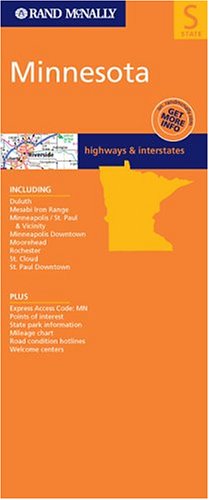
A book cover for Rand McNally Minnesota: Including: Duluth, Mesabi Iron Range, Minneapolis/St. Paul & Vicinity, Minneapolis Downtown, Moorehead, Rochester, St. (Rand McNally Folded Map: States); Rand McNally and Company; Travel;